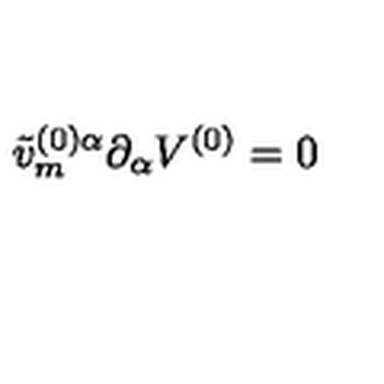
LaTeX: \tilde { v } _ { m } ^ { ( 0 ) \alpha } \partial _ { \alpha } V ^ { ( 0 ) } = 0